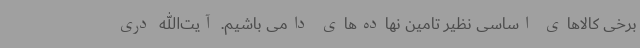
برخی کالاهای اساسی نظیر تامین نهاده‌های دامی باشیم. آیت‌الله دری